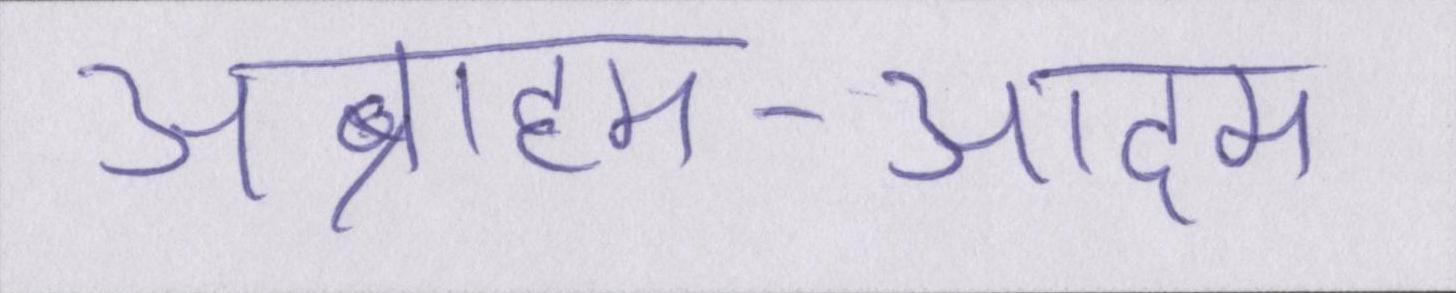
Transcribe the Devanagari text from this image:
अब्राहम-आदम